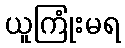
ယူကြုံးမရ